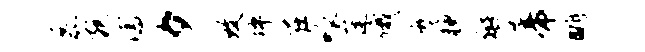
磊宛濡夕致坪在呱蓬俄魔腴警帝眺